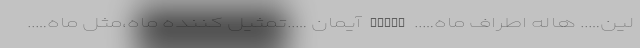
لین….. هاله اطراف ماه….. AYLIN آیمان …..تمثیل کننده ماه،مثل ماه…..